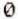
0